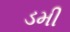
ડમી